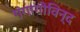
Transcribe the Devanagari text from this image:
गंगागोविन्द